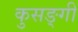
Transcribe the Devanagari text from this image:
कुसङ्गी